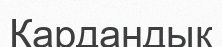
Қардандық